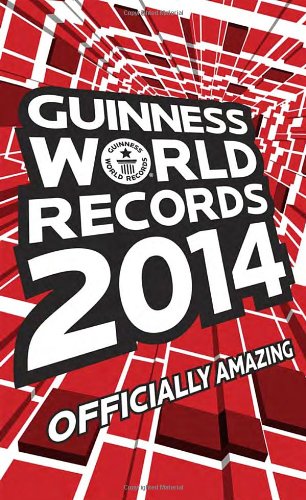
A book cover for Guinness World Records 2014; Humor & Entertainment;